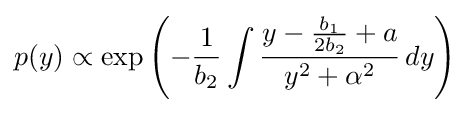
p(y)\propto \exp \left(-{\frac {1}{b_{2}}}\int {\frac {y-{\frac {b_{1}}{2b_{2}}}+a}{y^{2}+\alpha ^{2}}}\,dy\right)